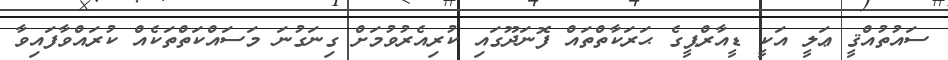
ސައުތުއްޤީ ޢަލީ އަކީ ޑީއާރްޕީގެ ޙަރަކާތްތައް ފޮނަދޫގައި ކުރިއެރުވުމަށް ގިނަގުނަ މަސައްކަތްތަކެއް ކުރައްވާފައިވާ